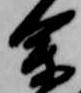
余